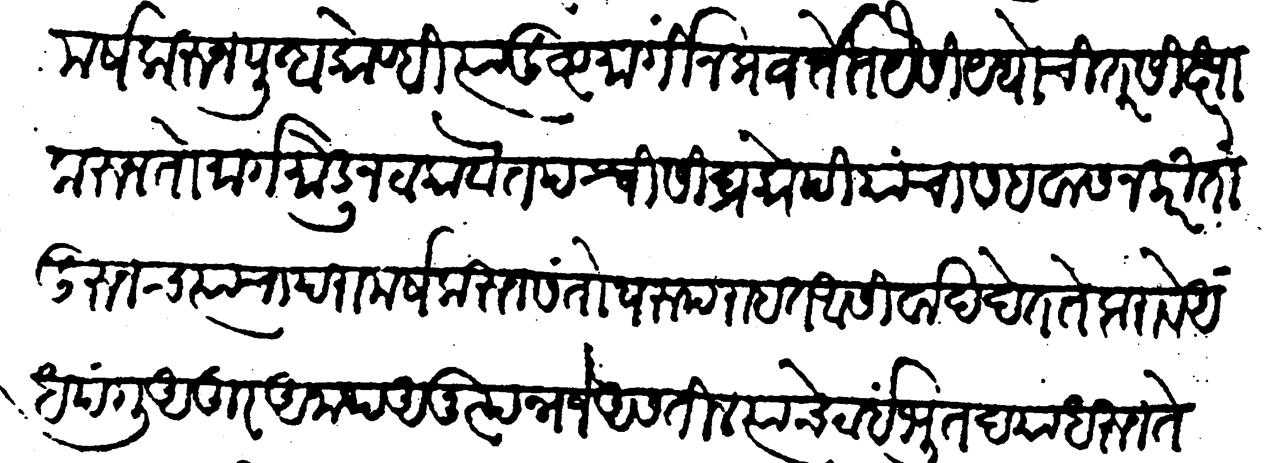
Transliteration (Devanagari): परामर्ष करून पुन्हा कोण्ही त्या दुष्ट मार्गी न प्रवर्तेत यैसी यथोचित शिक्षा करून तो मार्ग मोडून टाकावे तपस्वी शीघ्रकोपी यांचा सहवास न करिता दुरुनच त्यांचा परामर्ष करुन संतोषरूप राहत आशीर्वाद देत ते करावे अंध पंगु अतुर अनाथ अनुत्पन्न जे असतील त्यांचे ठाईं भूतदया धरुन ते